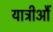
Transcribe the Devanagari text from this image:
यात्रीऔं